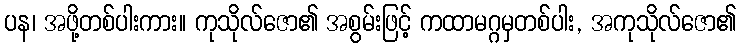
ပန၊ အဖို့တစ်ပါးကား။ ကုသိုလ်ဇော၏ အစွမ်းဖြင့် ကထာမဂ္ဂမှတစ်ပါး, အကုသိုလ်ဇော၏